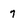
Character: 7